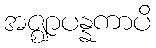
အဇ္ဈာပန္နကာပိ